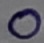
Text: O